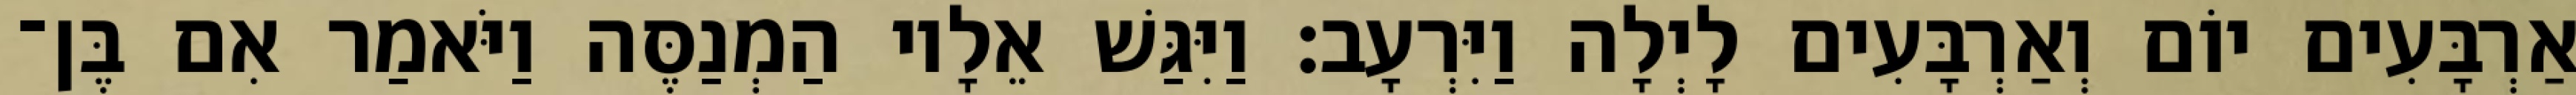
אַרְבָּעִים יוֹם וְאַרְבָּעִים לָיְלָה וַיִּרְעָב׃ וַיִּגַּשׁ אֵלָיו הַמְנַסֶּה וַיֹּאמַר אִם בֶּן־